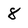
Character: 8